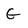
Character: G